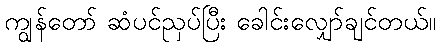
ကျွန်တော် ဆံပင်ညှပ်ပြီး ခေါင်းလျှော်ချင်တယ်။